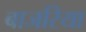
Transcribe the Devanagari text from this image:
बाजरिया